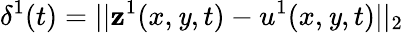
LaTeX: \delta^{1}(t)=||\mathbf{z}^{1}(x,\mathit{y},t)-u^{1}(x,\mathit{y},t)||_{2}